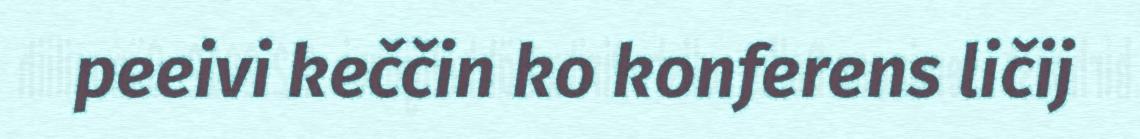
peeivi keččin ko konferens ličij